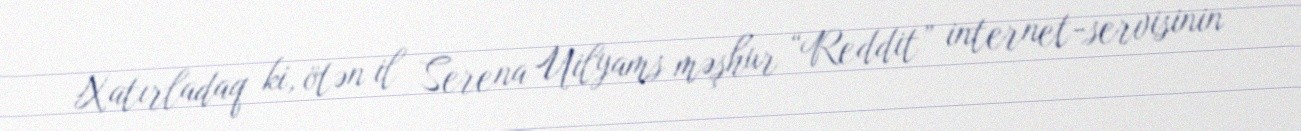
Xatırladaq ki, ötən il Serena Uilyams məşhur “Reddit” internet-servisinin